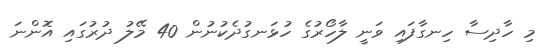
މި ހާދިސާ ހިނގާފައި ވަނީ ލާހޯރުގެ ހުޅަނގުދެކުނުން 40 މޭލު ދުރުގައި އޮންނަ